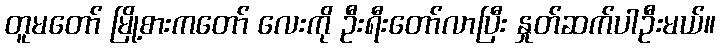
တူမတော် မြို့စားကတော် လေးကို ဦးရီးတော်လာပြီး နှုတ်ဆက်ပါဦးမယ်။